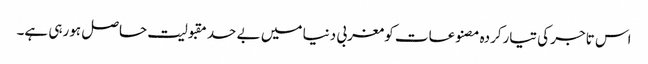
اس تاجر کی تیارکردہ مصنوعات کومغربی دنیا میں بے حد مقبولیت حاصل ہورہی ہے۔